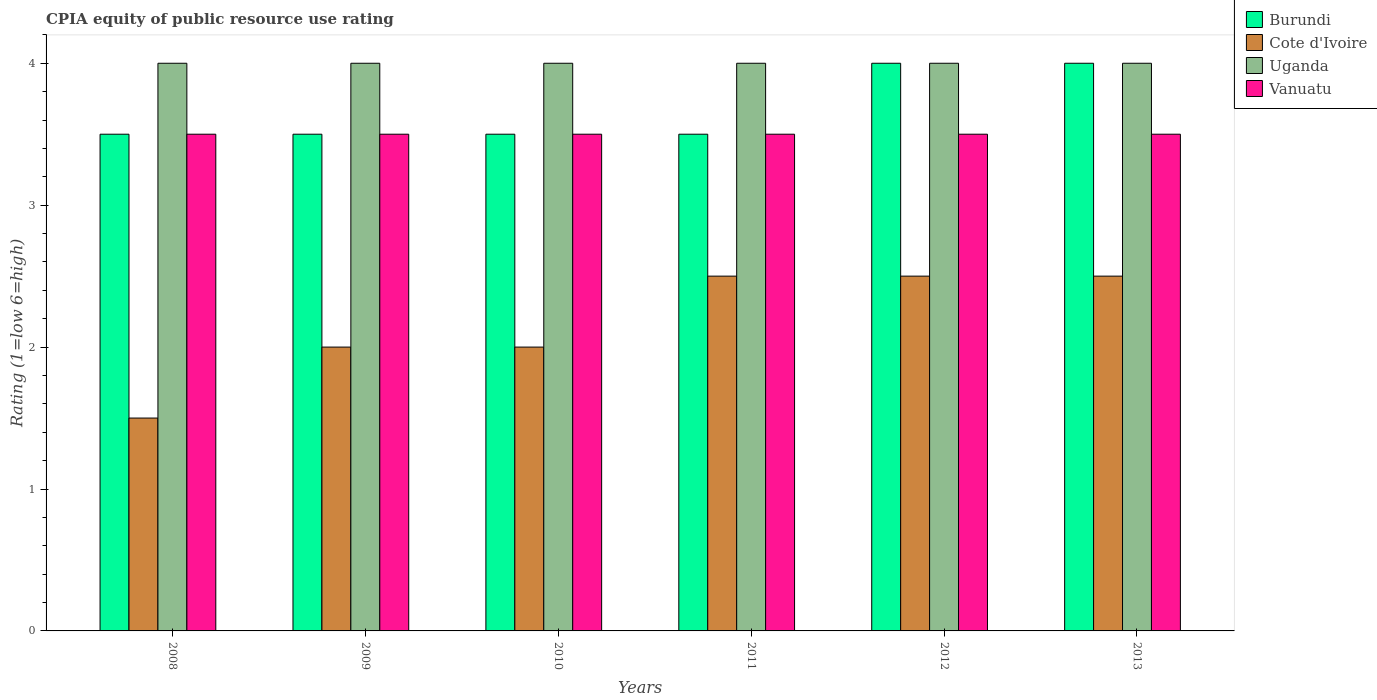
| Years | Burundi | Cote d'Ivoire | Uganda | Vanuatu |
 | --- | --- | --- | --- | --- |
 | 2008 | 3.5 | 1.5 | 4 | 3.5 |
 | 2009 | 3.5 | 2 | 4 | 3.5 |
 | 2010 | 3.5 | 2 | 4 | 3.5 |
 | 2011 | 3.5 | 2.5 | 4 | 3.5 |
 | 2012 | 4 | 2.5 | 4 | 3.5 |
 | 2013 | 4 | 2.5 | 4 | 3.5 |